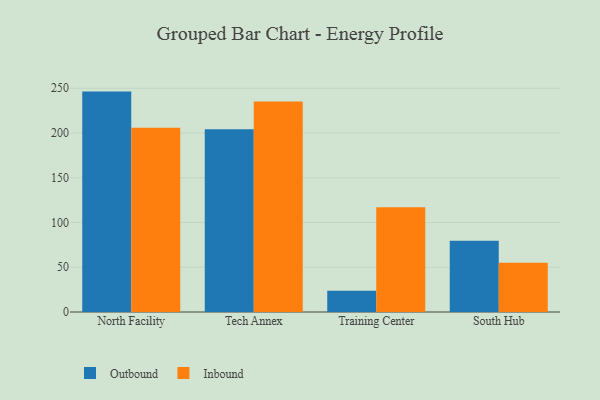
{"axis": {"x": "Campus", "y": "Revenue (USD Million)"}, "legend": ["Inbound", "Outbound"], "data": [{"x": "North Facility", "y": 246.3, "type": "Outbound"}, {"x": "North Facility", "y": 206.0, "type": "Inbound"}, {"x": "Tech Annex", "y": 204.2, "type": "Outbound"}, {"x": "Tech Annex", "y": 235.1, "type": "Inbound"}, {"x": "Training Center", "y": 23.7, "type": "Outbound"}, {"x": "Training Center", "y": 117.0, "type": "Inbound"}, {"x": "South Hub", "y": 79.5, "type": "Outbound"}, {"x": "South Hub", "y": 55.1, "type": "Inbound"}]}